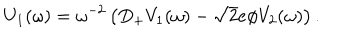
U _ { 1 } ( \omega ) = \omega ^ { - 2 } \left( D _ { + } V _ { 1 } ( \omega ) - \sqrt { 2 } e \phi V _ { 2 } ( \omega ) \right) .